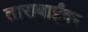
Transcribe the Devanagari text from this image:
ताराबाईंवर